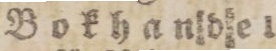
Bokhandel